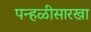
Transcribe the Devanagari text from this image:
पन्हळीसारखा